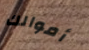
أموالك